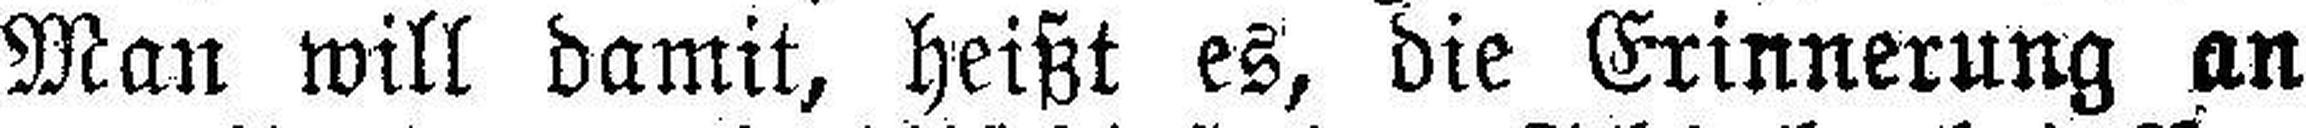
Man will damit, heißt es, die Erinnerung an